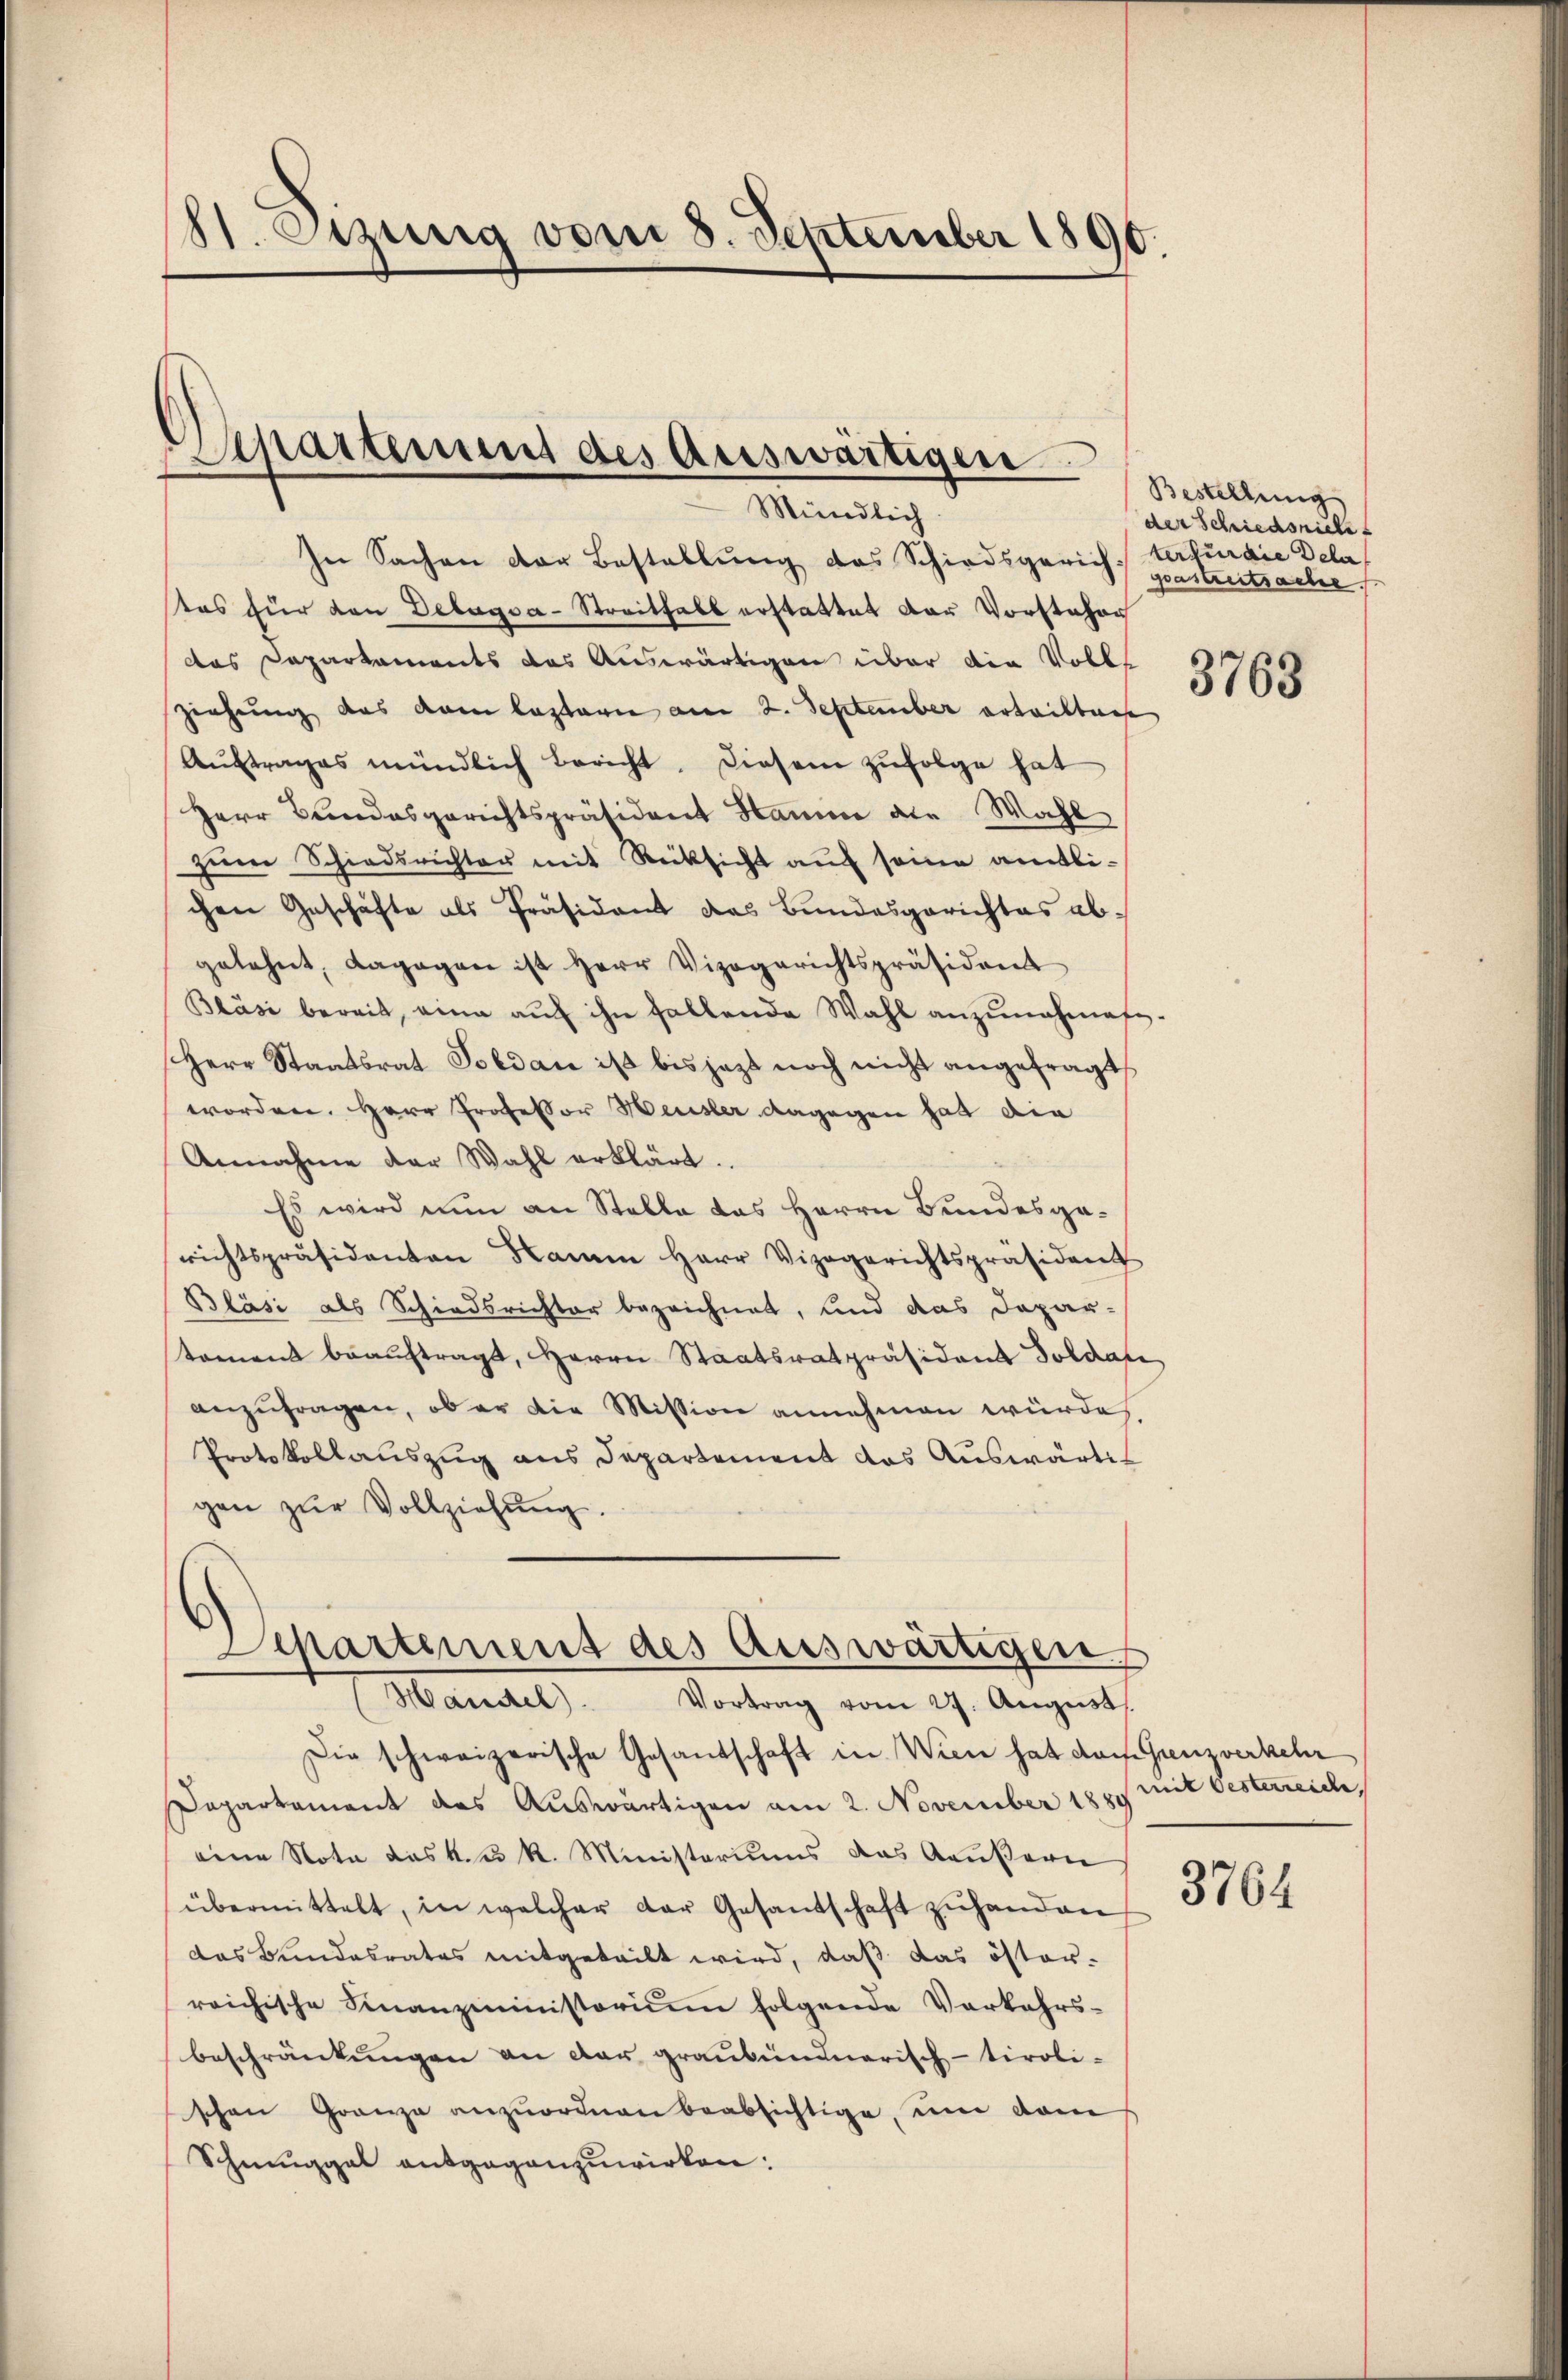
St. Etzung vom 8. September 1890.

In Sachen der Bestellung das Schiedsgerich) gastentrache,
tas für den Delagsa-Streitfalt erstattet der Vorsteher
das Departaments das Auswärtigen über die Volks
ziehung das dann lastern am 2. September arteiltene
Aŭftrages mündlich bericht. Diesem zŭfolge hat
Herr Bandesgerichtspräsident Hamme die Wahl
zum Schiedsrichter mit Rücksicht auf seine amtlichen Geschäfte als Präsident das Bundesgerichtes abgelehnt, dagegen ist Herr Vizegerichtspräsident
Bläsi bereit, eine aŭf ihn fallende Wahl anzŭnahmes-
Herr Staatsrat Soldau ist bis jezt noch nicht angefragt
worden. Herr Professor Heusler dagegen hat die
Annahme der Wahl erklärt.
Es wird nun an Stelle das Herrn Bundesgerichtspräsidenten Name Herr Vizegerichtspräsident
Bläsi als Schiedsrichter bezeichnet, und das Depar-
tament beauftragt, Herrn Staatsrat präsidend Soldau,
anzufragen, ob er die Mission annehmen würde.
Protokollauszug aus Departement das Auswärtigen zŭr Vollziehŭng.

Sipartirung des Auswärtigen
 Min

Departement des Auswärtigen
Handel
Vortrag vom 27. August

Die schweizerische Gesandschaft in Wien hat das Grenzverkehr
Dapartement das Auswärtigen am 2. November 1880
eine Nota das k. u. k. Ministeriums das Aeußern
übermittelt, in welcher der Gesantschaft zŭ handen
das Bundesrates mitgeteilt wird, daß das öster-
reichische Finanzministerium folgende Verkehrs-
beschränkungen an der graubündnerisch-tiroli-
schen Granza anzuordnen beabsichtige, um dam
Schmuggal entgegenzuwirken:

Bestellung
der Schiedsrich
terfür die Dela

3763

mit Oesterreiche,

3764